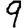
Digit: 9